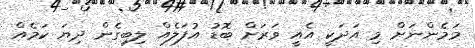
މަމެންނަށް މި އަދަކީ އެއީ ވަރަށް ބޮޑު އުފަލެއް ލިބިގެން ދިޔަ ކަމެއް